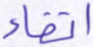
اتقاء